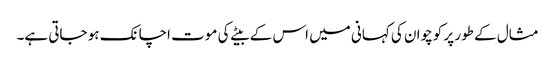
مثال کے طور پر کوچوان کی کہانی میں اس کے بیٹے کی موت اچانک ہو جاتی ہے۔